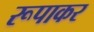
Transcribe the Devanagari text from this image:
रूपाकर